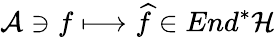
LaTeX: {\cal A}\ni f\longmapsto\widehat{f}\in End^{*}{\cal H}